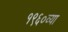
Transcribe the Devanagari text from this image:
१९६०व्या